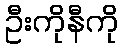
ဦးကိုနီကို